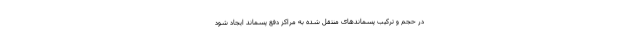
در حجم و ترکیب ‌پسماندهای منتقل شده به مراکز دفع ‌پسماند ایجاد شود